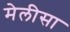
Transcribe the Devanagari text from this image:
मेलीसा